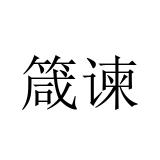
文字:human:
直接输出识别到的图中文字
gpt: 箴谏